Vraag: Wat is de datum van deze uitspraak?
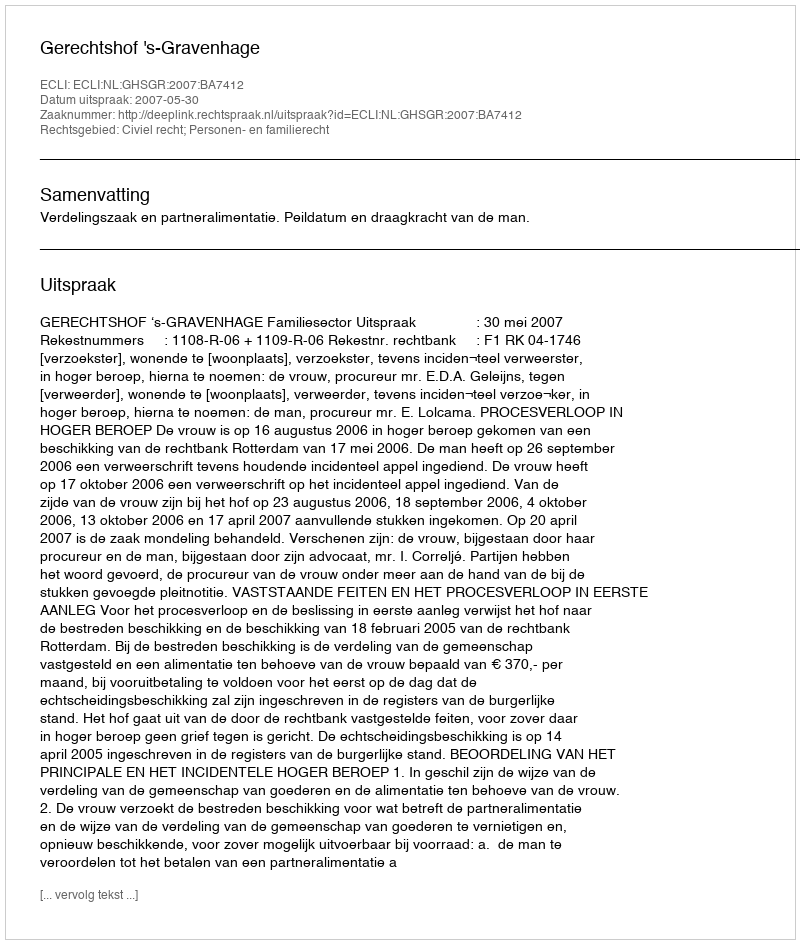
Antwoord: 2007-05-30